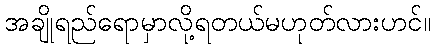
အချိုရည်ရောမှာလို့ရတယ်မဟုတ်လားဟင်။